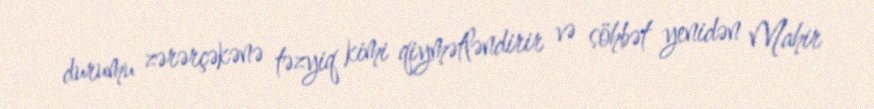
durumu zərərçəkənə təzyiq kimi qiymətləndirir və söhbət yenidən Mahir